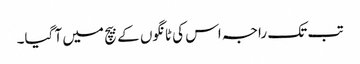
تب تک راجہ اس کی ٹانگوں کے بیچ میں آ گیا۔